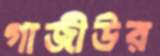
গাজীউর